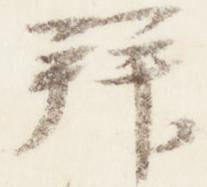
拝